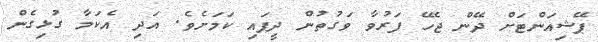
ޕޭޝިއަންޓަށް ދޭން ޖެހޭ ފަރުވާ ވަގުތުން ދީފައި ކަމަށެވެ. އަދި އެކަމާ ގުޅިގެން